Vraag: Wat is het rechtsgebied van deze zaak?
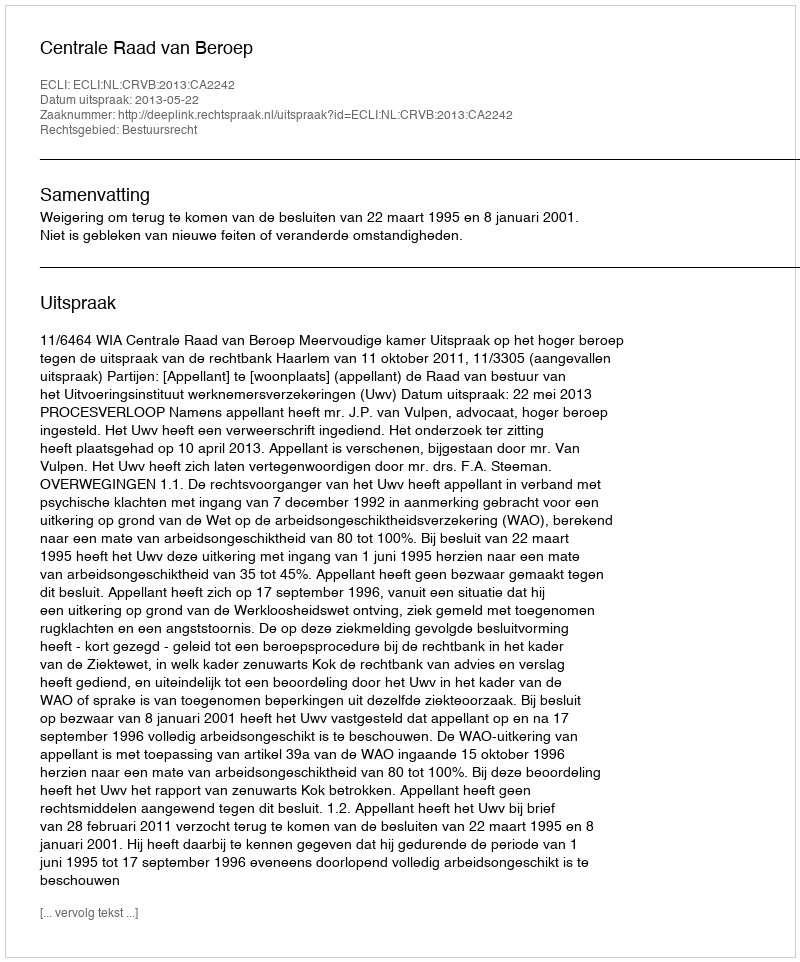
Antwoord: Bestuursrecht